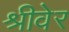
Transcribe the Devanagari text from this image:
श्रीवेर